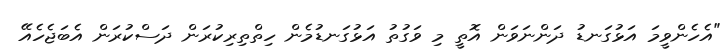
"އެހެންވީމަ އަޅުގަނޑު ދަންނަވަން އޮތީ މި ވަގުތު އަޅުގަނޑުމެން ހިތްތިރިކުރަން ދަސްކުރަން އެބަޖެހެއޭ